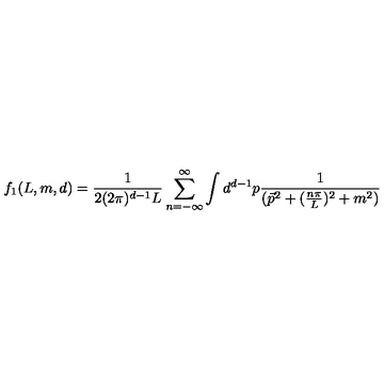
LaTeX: f _ { 1 } ( L , m , d ) = \frac { 1 } { 2 ( 2 \pi ) ^ { d - 1 } L } \sum _ { n = - \infty } ^ { \infty } \int d ^ { d - 1 } p \frac { 1 } { ( \vec { p } ^ { 2 } + ( \frac { n \pi } { L } ) ^ { 2 } + m ^ { 2 } ) }